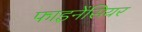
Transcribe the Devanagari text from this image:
फाइनेंसियर